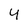
Character: 4